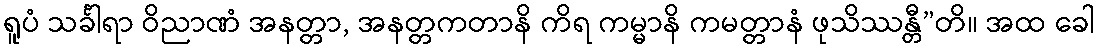
ရူပံ သင်္ခါရာ ဝိညာဏံ အနတ္တာ, အနတ္တကတာနိ ကိရ ကမ္မာနိ ကမတ္တာနံ ဖုသိဿန္တီ”တိ။ အထ ခေါ